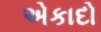
એકાદો